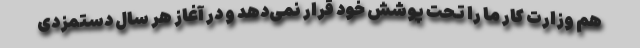
هم وزارت کار ما را تحت پوشش خود قرار نمی‌دهد و در آغاز هر سال دستمزدی